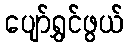
ပျော်ရွှင်ဖွယ်